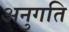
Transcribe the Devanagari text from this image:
अनुगति